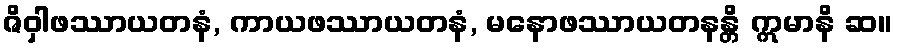
ဇိဝှါဖဿာယတနံ, ကာယဖဿာယတနံ, မနောဖဿာယတနန္တိ ဣမာနိ ဆ။